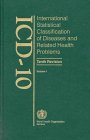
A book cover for ICD 10: International Statistical Classification of Diseases and Related Health Problems Volume 1; World Health Organization; Medical Books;